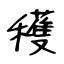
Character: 穫